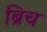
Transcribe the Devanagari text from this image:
ब्रिच